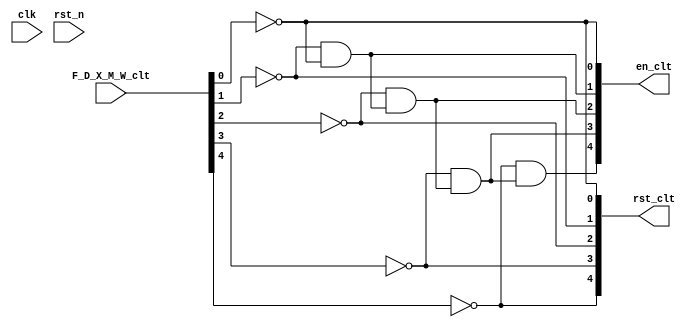
module stall_clt(
	input clk,
	input rst_n,
	input [4:0] F_D_X_M_W_clt, 
	output [4:0] rst_clt,
	output [4:0] en_clt
	);

	wire w0, w1, w2, w3, w4;
	wire [4:0] en_clt_tmp, rst_clt_tmp;
	
	and u0(w0, ~F_D_X_M_W_clt[0], 1'b1);
	and u1(w1, ~F_D_X_M_W_clt[1], w0);
	and u2(w2, ~F_D_X_M_W_clt[2], w1);
	and u3(w3, ~F_D_X_M_W_clt[3], w2);
	and u4(w4, ~F_D_X_M_W_clt[4], w3);
	
	assign en_clt_tmp[0] = w0;
	assign en_clt_tmp[1] = w1;
	assign en_clt_tmp[2] = w2;
	assign en_clt_tmp[3] = w3;
	assign en_clt_tmp[4] = w4;
	
	assign rst_clt_tmp[0] = ~F_D_X_M_W_clt[0];
	assign rst_clt_tmp[1] = ~F_D_X_M_W_clt[1];
	assign rst_clt_tmp[2] = ~F_D_X_M_W_clt[2];
	assign rst_clt_tmp[3] = ~F_D_X_M_W_clt[3];
	assign rst_clt_tmp[4] = ~F_D_X_M_W_clt[4];
	
	assign en_clt = en_clt_tmp;
	assign rst_clt = rst_clt_tmp;
	/*
	always @(posedge clk, negedge rst_n) begin
		if (!rst_n) begin
			rst_clt = 5'b0;
			//en_clt = 5'b0;
		end
		else begin
			rst_clt = rst_clt_tmp;
			//en_clt = en_clt_tmp;
		end
	end*/
endmodule